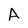
Character: A